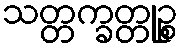
သတ္တက္ခတ္တုဉ္စ